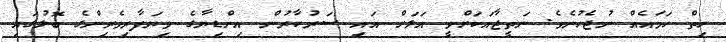
ހިތް ހަމައެއް ނުޖެހުނެވެ. ނަތީޖާއަކަށްވީ އަލަށް އައި ސަރުކާރުން އިންޑިޔާގެ ވިޔަފާރިވެރިންގެ ބޮލުގައި